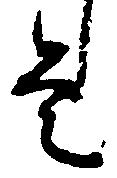
是